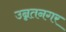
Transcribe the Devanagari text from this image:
उन्नतनगर